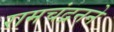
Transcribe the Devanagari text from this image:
रामचंद्रनने